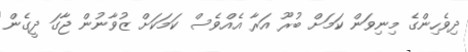
ދިވެހިންގެ މިނިވަން ކަމަށް ބުރޫ އަރާ އެއްވެސް ކަމަކަށް ޒުވާނުން ޖާގަ ދީގެން